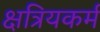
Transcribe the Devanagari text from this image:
क्षत्रियकर्म